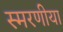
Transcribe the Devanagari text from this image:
स्मरणीया